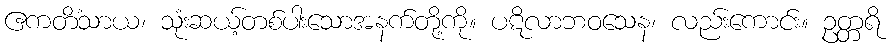
ဧကတိံသာယ၊ သုံးဆယ့်တစ်ပါးသောအနက်တို့ကို။ ပဋိလာဘဝသေန၊ လည်းကောင်း။ ဥတ္တရိ